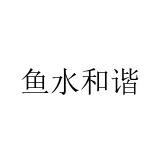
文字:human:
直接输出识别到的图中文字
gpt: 鱼水和谐